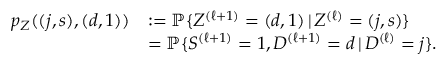
\begin{array} { r l } { p _ { \ensuremath { Z } } ( ( j , \ensuremath { s } ) , ( \ensuremath { d } , 1 ) ) } & { : = \ensuremath { \mathbb P } \{ \ensuremath { \ensuremath { Z } ^ { ( \ell + 1 ) } } = ( \ensuremath { d } , 1 ) \, | \, \ensuremath { \ensuremath { Z } ^ { ( \ell ) } } = ( j , \ensuremath { s } ) \} } \\ & { = \ensuremath { \mathbb P } \{ \ensuremath { \ensuremath { S } ^ { ( \ell + 1 ) } } = 1 , \ensuremath { \ensuremath { D } ^ { ( \ell + 1 ) } } = \ensuremath { d } \, | \, \ensuremath { \ensuremath { D } ^ { ( \ell ) } } = j \} . } \end{array}